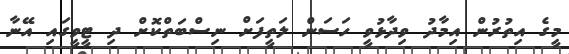
މީގެ އިތުރުން އިމާދު ވިދާޅުވީ ހަސަން ލަތީފަށް ނިސްބަތްކޮށް ދި ޓީވީގައި އޭނާ